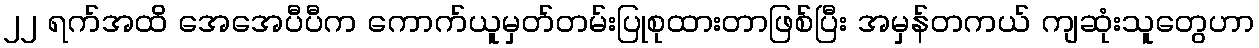
၂၂ ရက်အထိ အေအေပီပီက ကောက်ယူမှတ်တမ်းပြုစုထားတာဖြစ်ပြီး အမှန်တကယ် ကျဆုံးသူတွေဟာ